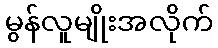
မွန်လူမျိုးအလိုက်